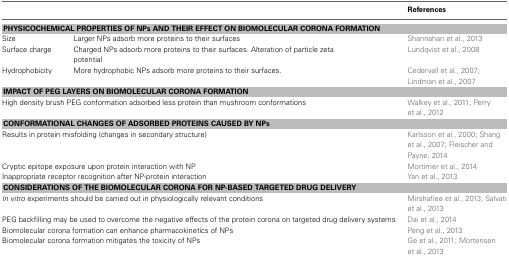
<table><thead><tr><td></td><td></td><td><b>References</b></td></tr></thead><tbody><tr><td colspan="3"><b>PHYSICOCHEMICAL PROPERTIES OF NPs AND THEIR EFFECT ON BIOMOLECULAR CORONA FORMATION</b></td></tr><tr><td>Size</td><td>Larger NPs adsorb more proteins to their surfaces</td><td>Shannahan et al., 2013</td></tr><tr><td>Surface charge</td><td>Charged NPs adsorb more proteins to their surfaces. Alteration of particle zeta potential</td><td>Lundqvist et al., 2008</td></tr><tr><td>Hydrophobicity</td><td>More hydrophobic NPs adsorb more proteins to their surfaces.</td><td>Cedervall et al., 2007; Lindman et al., 2007</td></tr><tr><td colspan="3"><b>IMPACT OF PEG LAYERS ON BIOMOLECULAR CORONA FORMATION</b></td></tr><tr><td colspan="2">High density brush PEG conformation adsorbed less protein than mushroom conformations</td><td>Walkey et al., 2011; Perry et al., 2012</td></tr><tr><td colspan="3"><b>CONFORMATIONAL CHANGES OF ADSORBED PROTEINS CAUSED BY NPs</b></td></tr><tr><td colspan="2">Results in protein misfolding (changes in secondary structure)</td><td>Karlsson et al., 2000; Shang et al., 2007; Fleischer and Payne, 2014</td></tr><tr><td colspan="2">Cryptic epitope exposure upon protein interaction with NP</td><td>Mortimer et al., 2014</td></tr><tr><td colspan="2">Inappropriate receptor recognition after NP-protein interaction</td><td>Yan et al., 2013</td></tr><tr><td colspan="3"><b>CONSIDERATIONS OF THE BIOMOLECULAR CORONA FOR NP-BASED TARGETED DRUG DELIVERY</b></td></tr><tr><td colspan="2"><i>In vitro</i> experiments should be carried out in physiologically relevant conditions</td><td>Mirshafiee et al., 2013; Salvati et al., 2013</td></tr><tr><td colspan="2">PEG backfilling may be used to overcome the negative effects of the protein corona on targeted drug delivery systems</td><td>Dai et al., 2014</td></tr><tr><td colspan="2">Biomolecular corona formation can enhance pharmacokinetics of NPs</td><td>Peng et al., 2013</td></tr><tr><td colspan="2">Biomolecular corona formation mitigates the toxicity of NPs</td><td>Ge et al., 2011; Mortensen et al., 2013</td></tr></tbody></table>